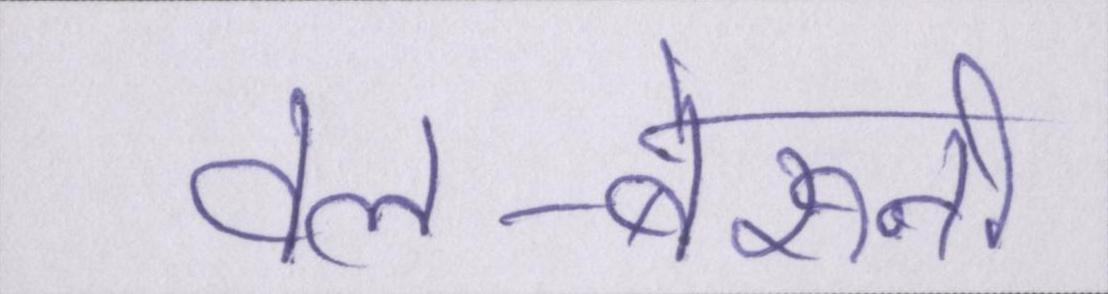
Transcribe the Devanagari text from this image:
अल-बेरुनी